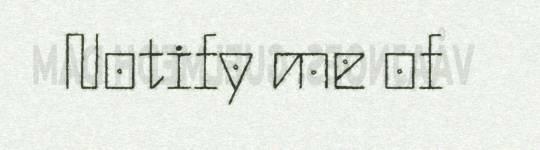
Notify me of